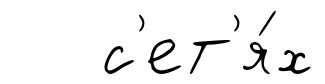
с'ет'я́х